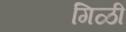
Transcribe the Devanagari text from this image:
गिळी